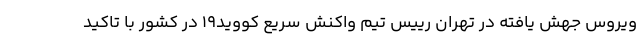
ویروس جهش یافته در تهران رییس تیم واکنش سریع کووید۱۹ در کشور با تاکید